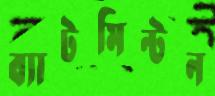
ব্যাটমিন্টন